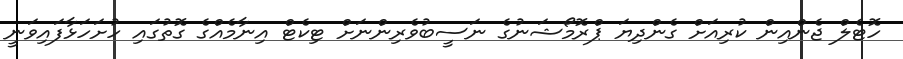
ހޮޓެލް ޖެންއިން ކުރިއަށް ގެންދިޔަ ޕްރޮމޯޝަނުގެ ނަސީބުވެރިންނަށް ޓިކެޓް އިނާމެއްގެ ގޮތުގައި ހުށަހަޅާފައިވަނީ